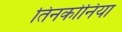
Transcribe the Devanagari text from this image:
तिनकोनिया